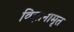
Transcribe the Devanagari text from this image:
विज्ञानामृत